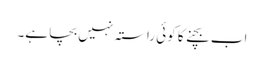
اب بچنے کا کوئی راستہ نہیں بچا ہے۔